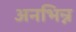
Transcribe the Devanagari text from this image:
अनभिन्न